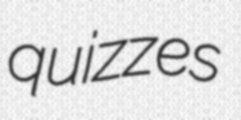
quizzes